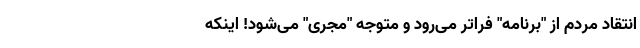
انتقاد مردم از "برنامه" فراتر می‌رود و متوجه "مجری" می‌شود! اینکه